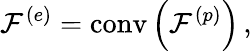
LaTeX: \mathcal{F}^{(e)}=\mathrm{conv}\left(\mathcal{F}^{(p)}\right)\, ,